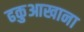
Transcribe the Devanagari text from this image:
ढकुआखाना